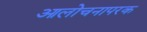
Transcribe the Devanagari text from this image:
आलोचनापरक